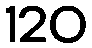
120